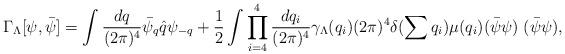
LaTeX: \begin{align*}\Gamma_{\Lambda} [\psi,\bar{\psi}] = \int \frac{dq}{(2\pi)^{4}} \bar{\psi}_{q} \hat{q} \psi_{-q} + \frac{1}{2} \int \prod_{i=4}^{4} \frac{dq_{i}}{(2\pi)^{4}} \gamma_{\Lambda} (q_{i}) (2\pi)^{4} \delta (\sum q_{i}) \mu (q_{i}) (\bar{\psi} \psi) \; (\bar{\psi} \psi),\end{align*}